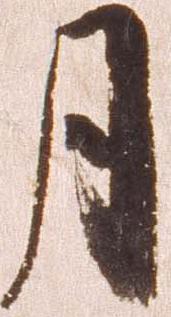
月